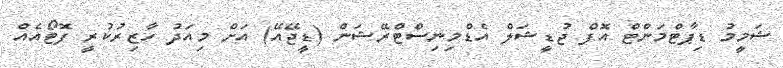
ޝަމީމު ޑިޕާޓްމަންޓް އޮފް ޖުޑީޝަލް އެޑްމިނިސްޓްރޭޝަން (ޑީޖޭއޭ) އަށް މިއަދު ހާޒިރުކުރީ ފޮޓޯއެއް